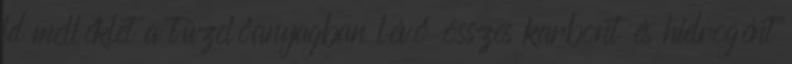
ld melléklet a tüzelőanyagban lévő összes karbont és hidrogént